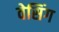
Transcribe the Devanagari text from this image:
वेसिंग